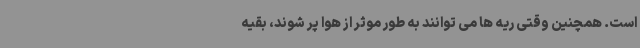
است. همچنین وقتی ریه ها می توانند به طور موثر از هوا پر شوند، بقیه